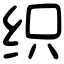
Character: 织